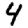
Digit: 4